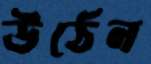
উঠেন